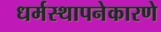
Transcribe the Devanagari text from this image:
धर्मस्थापनेकारणे